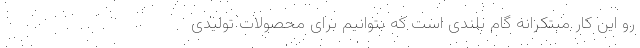
رو این کار مبتکرانه گام بلندی است که بتوانیم برای محصولات تولیدی